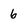
Character: 6